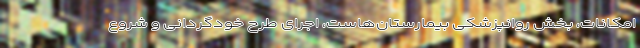
امکانات، بخش‌ روانپزشکی بیمارستان‌هاست، اجرای طرح خودگردانی و شروع